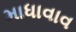
માધાવાવ